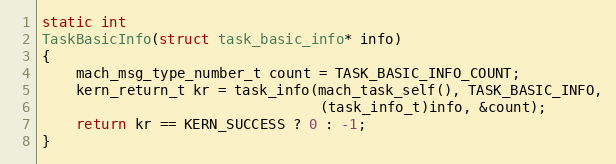
Language: C
static int
TaskBasicInfo(struct task_basic_info* info)
{
    mach_msg_type_number_t count = TASK_BASIC_INFO_COUNT;
    kern_return_t kr = task_info(mach_task_self(), TASK_BASIC_INFO,
                                 (task_info_t)info, &count);
    return kr == KERN_SUCCESS ? 0 : -1;
}